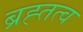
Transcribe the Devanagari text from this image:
ब्रह्तत्व